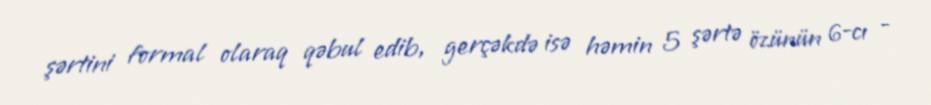
şərtini formal olaraq qəbul edib, gerçəkdə isə həmin 5 şərtə özünün 6-cı -